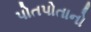
પોતપોતાનો